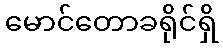
မောင်တောခရိုင်ရှိ